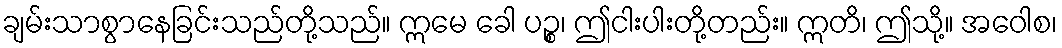
ချမ်းသာစွာနေခြင်းသည်တို့သည်။ ဣမေ ခေါ ပဉ္စ၊ ဤငါးပါးတို့တည်း။ ဣတိ၊ ဤသို့။ အဝေါစ၊